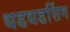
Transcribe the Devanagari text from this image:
धडधडसिंग